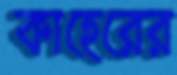
কাহেরের